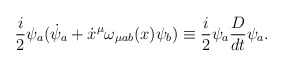
\begin{align*}\frac{i}{2}\psi_{a}({\dot{\psi}}_{a}+\dot{x}^{\mu}\omega_{\mu ab}(x)\psi_{b})\equiv\frac{i}{2}\psi_{a}\frac{D}{dt}\psi_{a}.\end{align*}